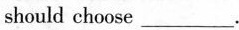
should choase ___.